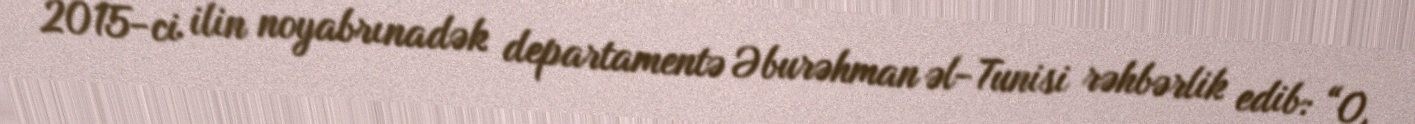
2015-ci ilin noyabrınadək departamentə Əburəhman əl-Tunisi rəhbərlik edib: “O,